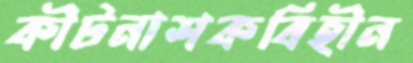
কীটনাশকবিহীন